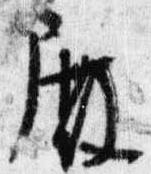
殿